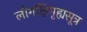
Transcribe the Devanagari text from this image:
लौगक्षिगृह्यसूत्र